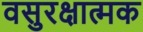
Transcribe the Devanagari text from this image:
वसुरक्षात्मक